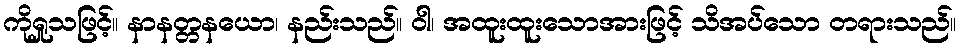
ကိုရှုသဖြင့်။ နာနတ္တနယော၊ နည်းသည်။ ဝါ၊ အထူးထူးသောအားဖြင့် သိအပ်သော တရားသည်။